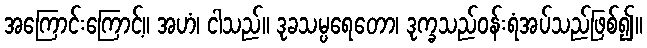
အကြောင်းကြောင့်။ အဟံ၊ ငါသည်။ ဒုခသမ္ပရေတော၊ ဒုက္ခသည်ဝန်းရံအပ်သည်ဖြစ်၍။